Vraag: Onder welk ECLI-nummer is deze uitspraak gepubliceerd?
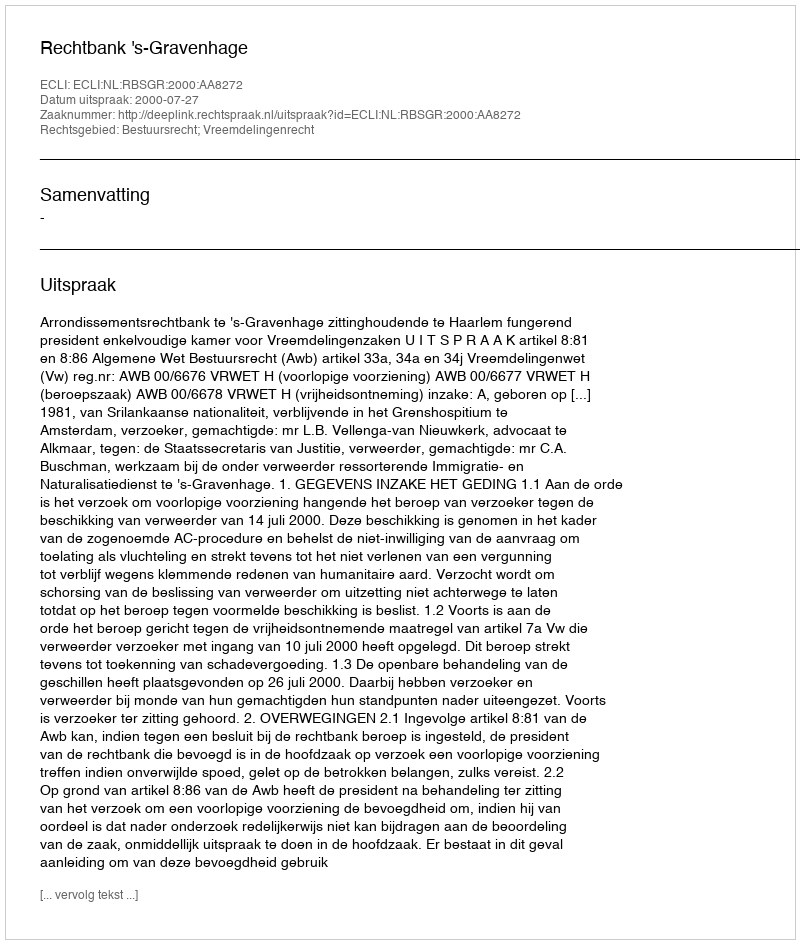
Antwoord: ECLI:NL:RBSGR:2000:AA8272